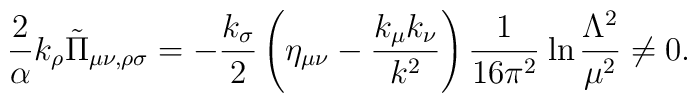
{2\over \alpha}k_\rho \tilde\Pi_{\mu \nu, \rho \sigma}=-{k_\sigma \over 2}\left(\eta_{\mu \nu}-{k_\mu k_\nu \over k^2}\right){1\over 16\pi^2}\hskip .1truecm {\rm ln} \hskip .05truecm{\Lambda^2\over \mu^2} \neq 0.